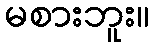
မစားဘူး။